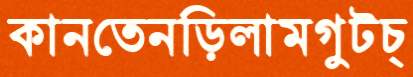
কানতেনড়িলামগুটচ্